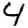
Digit: 4